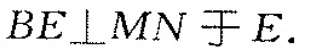
$$BE\bot MN$$于E.